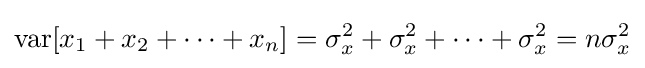
{\text{var}}[x_{1}+x_{2}+\dots +x_{n}]=\sigma _{x}^{2}+\sigma _{x}^{2}+\dots +\sigma _{x}^{2}=n\sigma _{x}^{2}